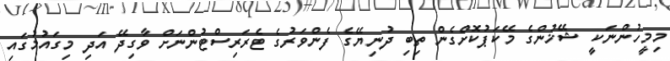
މިމީހުންނަކީ ޝޭޚުންގެ މޭކަޕުކޮށްގެން ތިބި ދުނިޔޭގެ ފެންވަރުގެ ޓެރަރިސްޓުންނަށް ވާގިދޭ އަދި މިގައުމުގައި